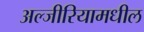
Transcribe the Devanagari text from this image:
अल्जीरियामधील